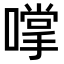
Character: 𫫮